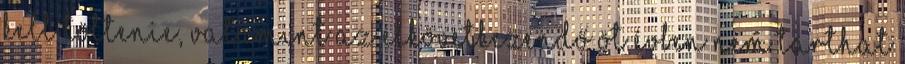
kell töltenie, valamint az elkövetkezendő öt évben nem tarthat